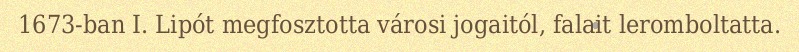
1673-ban I. Lipót megfosztotta városi jogaitól, falait leromboltatta.